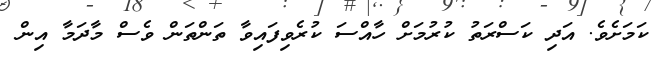
ކަމަށެވެ. އަދި ކަސްރަތު ކުރުމަށް ހާއްސަ ކުރެވިފައިވާ ތަންތަން ވެސް މާދަމާ އިން